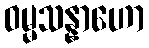
ဝမ္မသန္နာဟော